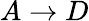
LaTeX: A\rightarrow D